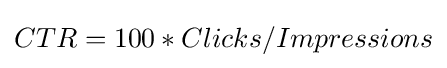
CTR=100*Clicks/Impressions